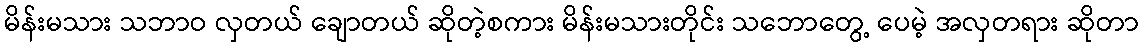
မိန်းမသား သဘာဝ လှတယ် ချောတယ် ဆိုတဲ့စကား မိန်းမသားတိုင်း သဘောတွေ့ ပေမဲ့ အလှတရား ဆိုတာ